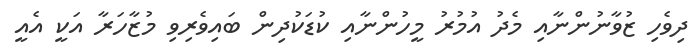
ދިވެހި ޒުވާނުންނާއި މެދު އުުމުުުރު މީހުންނާއި ކުޑަކުދިން ބައިވެރިވި މުޒާހަރާ އަކީ އެއީ